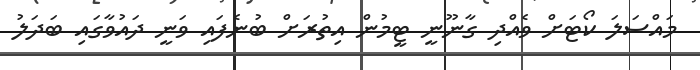
މައްސަލަ ކޯޓަށް ވެއްދި ގާނޫނީ ޓީމުން އިތުރަށް ބުނެފައި ވަނީ ދައުވާގައި ބަދަލު